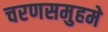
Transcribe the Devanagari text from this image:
चरणसमुहमे